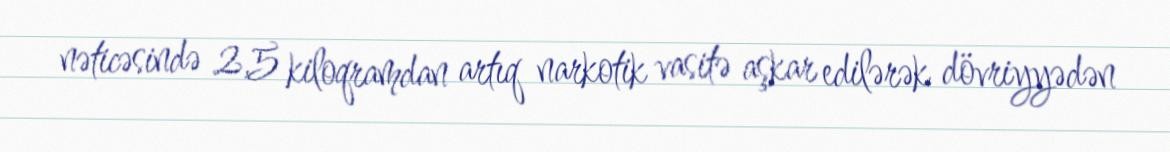
nəticəsində 2,5 kiloqramdan artıq narkotik vasitə aşkar edilərək dövriyyədən